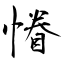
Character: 慻